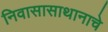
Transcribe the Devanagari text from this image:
निवासासाथानाचे